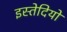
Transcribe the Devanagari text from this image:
इस्तेदियो